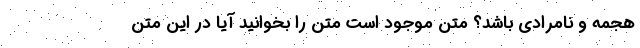
هجمه و نامرادی باشد؟ متن موجود است متن را بخوانید آیا در این متن